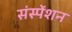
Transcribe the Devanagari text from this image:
संस्पेंशन